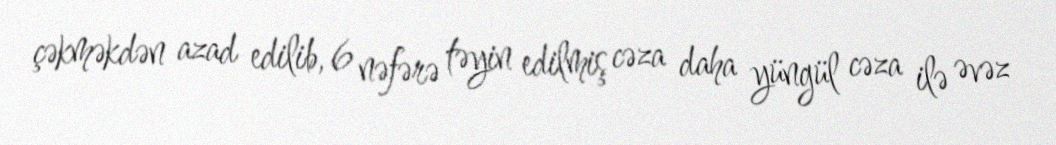
çəkməkdən azad edilib, 6 nəfərə təyin edilmiş cəza daha yüngül cəza ilə əvəz